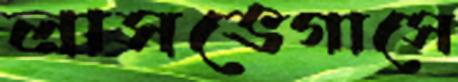
লাসভেগাসে